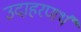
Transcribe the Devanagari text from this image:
उदाहरणर्थ